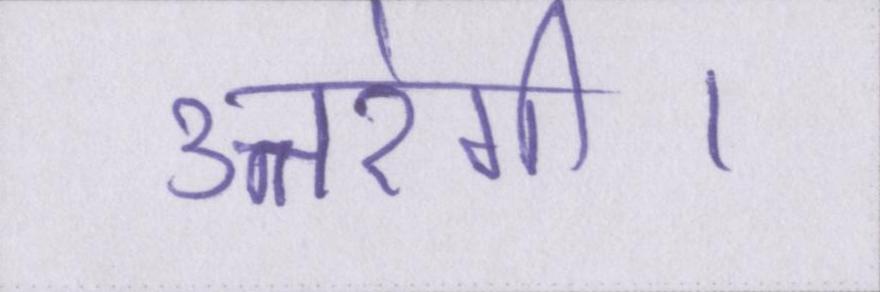
उतरेगी।